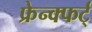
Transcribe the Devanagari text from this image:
फ्रेन्क्फर्ट्